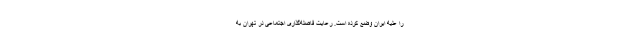
را علیه ایران وضع کرده است. رعایت فاصله‌گذاری اجتماعی در تهران به